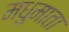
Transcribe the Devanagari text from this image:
मधुमाता